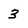
Character: 3